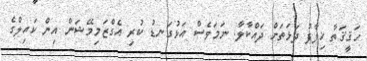
ހަޤީޤަތާ ޚިލާފު ދަޅަތަށް ދައްކާލާ. ނަމަވެސް އަޅުގަނޑު ކުރި އެގްޒަމިމޭޝަން އިން ކައިލްގެ